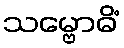
သမ္ဗောဓိံ